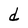
Character: d